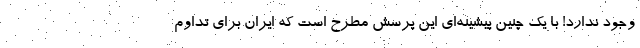
وجود ندارد! با یک چنین پیشینه‌ای این پرسش مطرح است که ایران برای تداوم